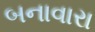
બનાવારા